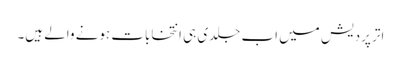
اتر پردیش میں اب جلدی ہی انتخابات ہونے والے ہیں۔